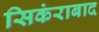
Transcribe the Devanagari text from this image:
सिकंराबाद